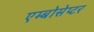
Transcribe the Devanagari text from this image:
एम्बोसेप्टर